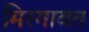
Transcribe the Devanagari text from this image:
मिरगावत